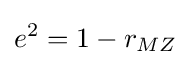
e^{2}=1-r_{MZ}